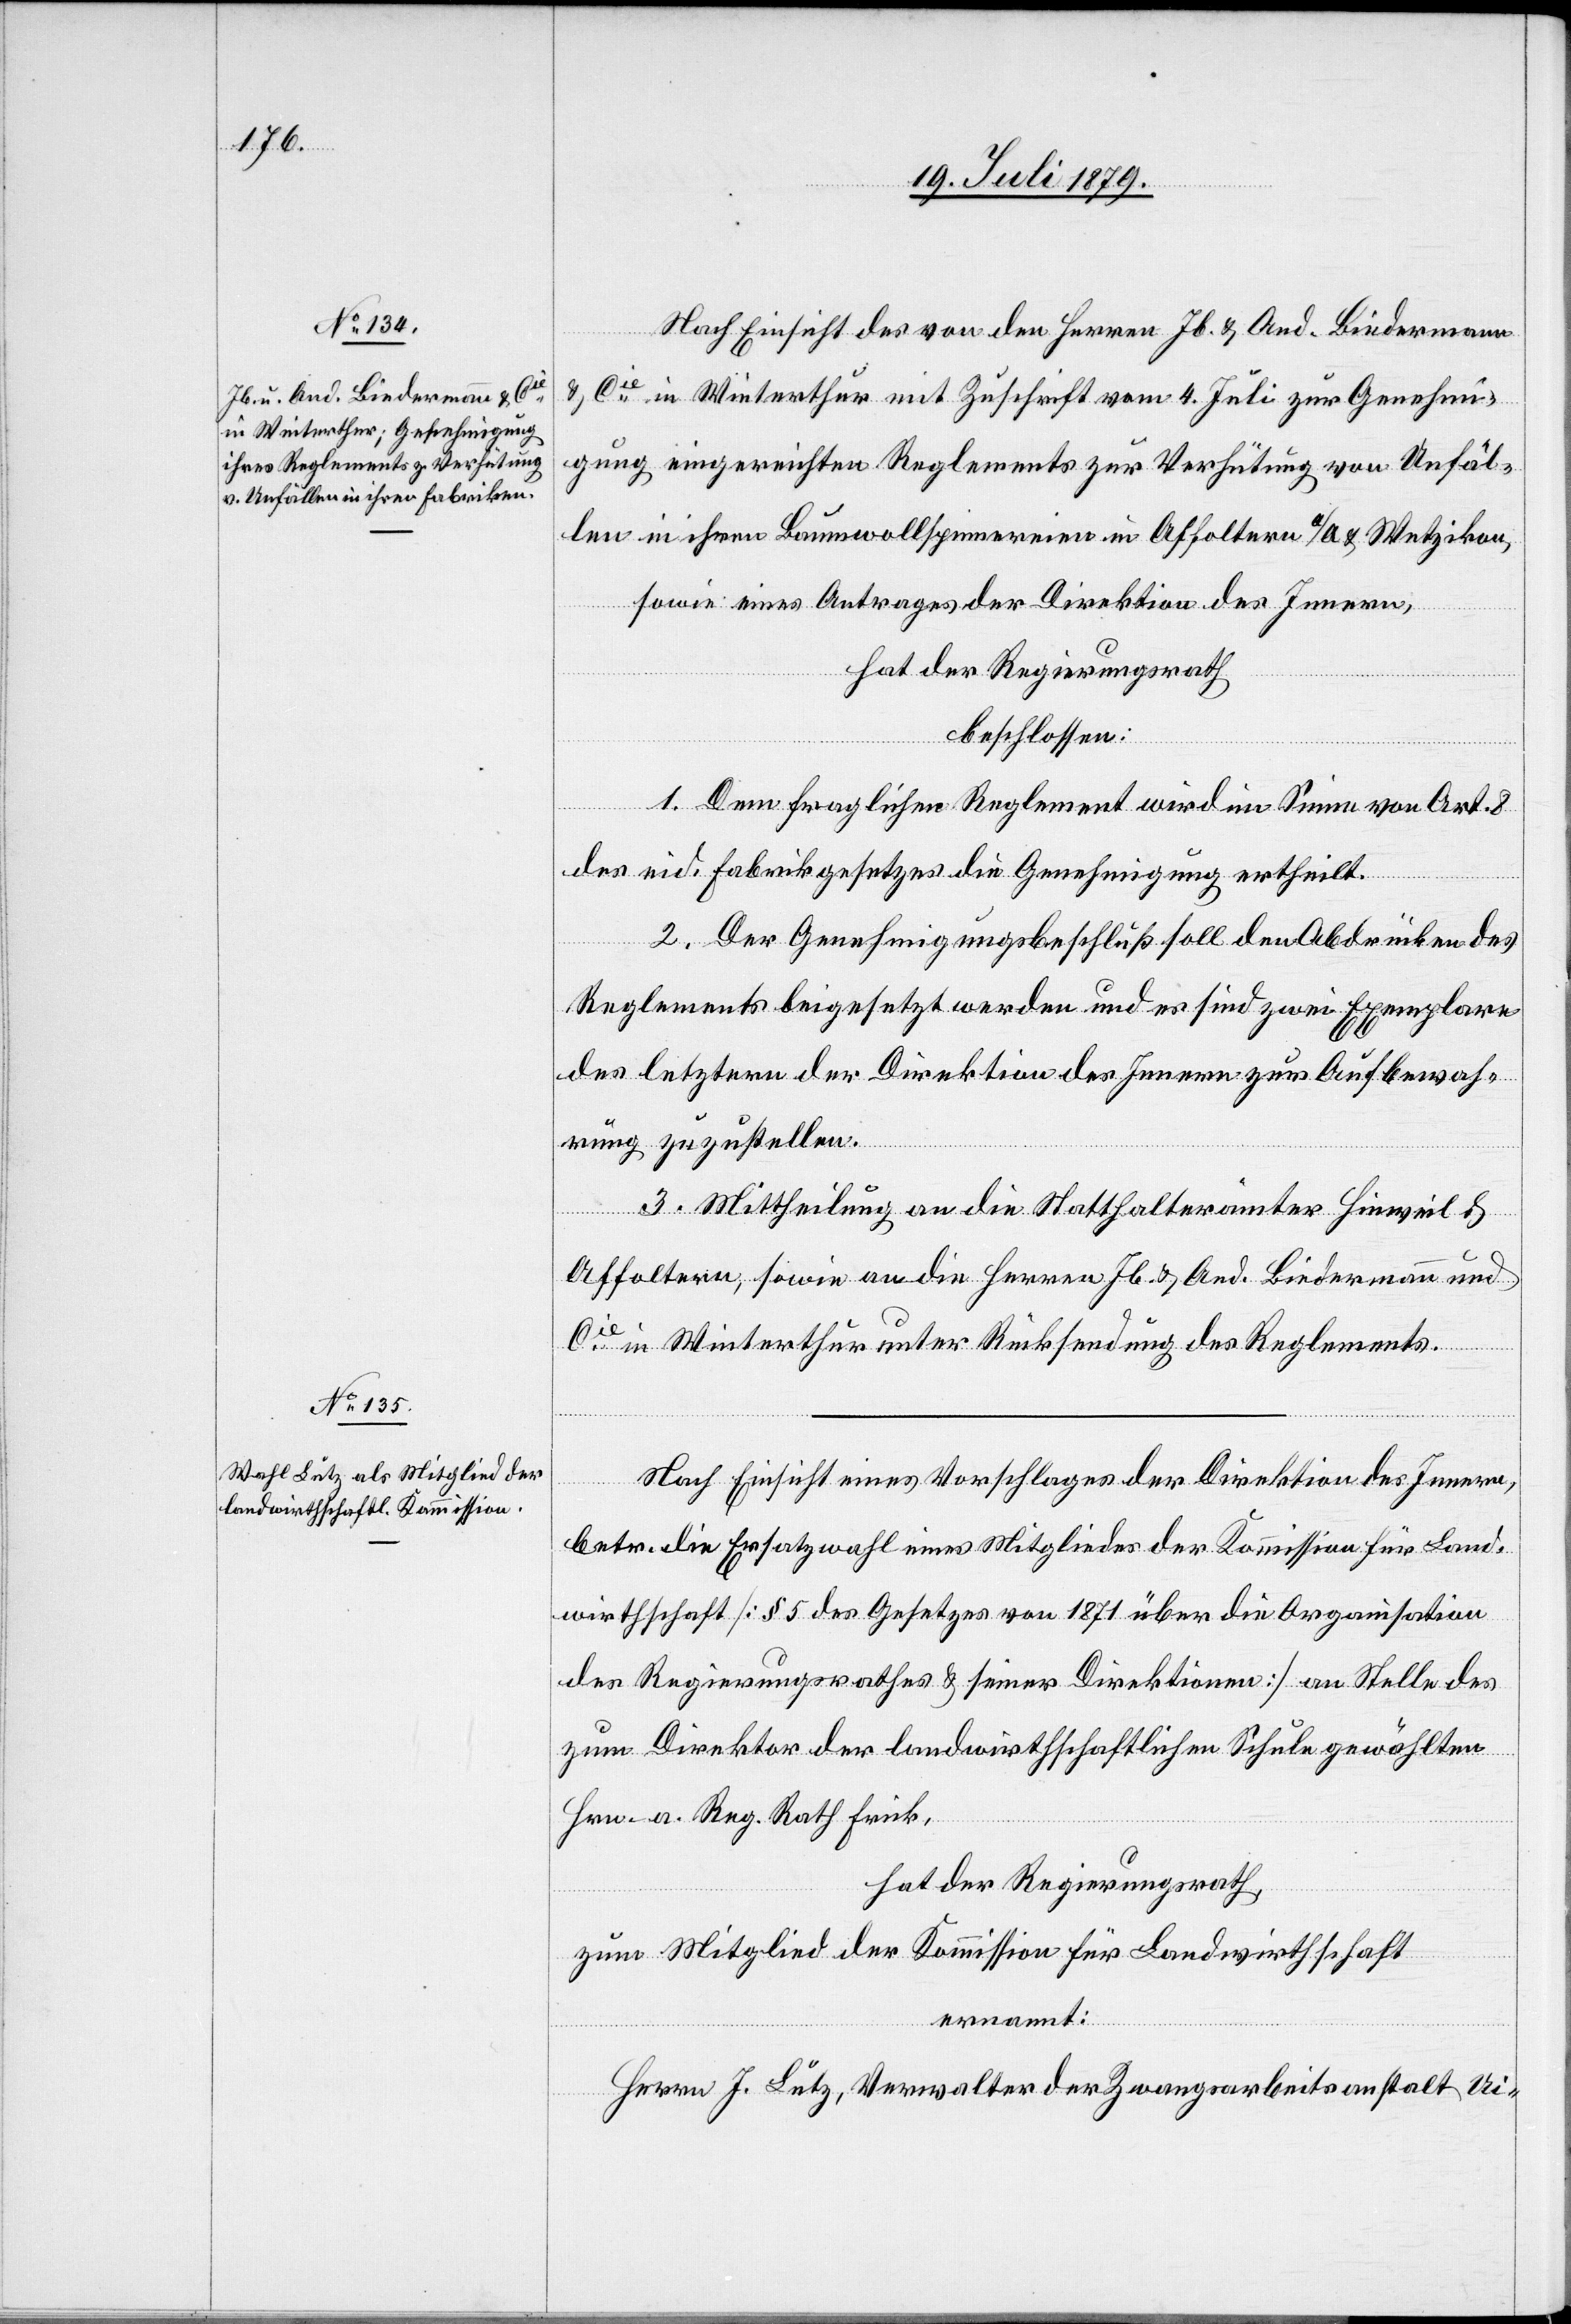
Nach Einsicht des von den Herren Jb. & And. Biedermann
& Cie in Winterthur mit Zuschrift vom 4. Juli zur Genehmi¬
gung eingereichten Reglements zur Verhütung von Unfäl¬
len in ihren Baumwollspinnereien in Affoltern a/A. & Wetzikon,
sowie eines Antrages der Direktion des Innern,
hat der Regierungsrath
beschlossen:
1. Dem fraglichen Reglement wird im Sinne von Art. 8
des eid. Fabrikgesetzes die Genehmigung ertheilt.
2. Der Genehmigungsbeschluß soll den Abdrücken des
Reglements beigesetzt werden und es sind zwei Exemplare
des letztern der Direktion des Innern zur Aufbewah¬
rung zuzustellen.
3. Mittheilung an die Statthalterämter Hinweil &
Affoltern, sowie an die Herren Jb. & And. Biedermann und
Cie in Winterthur unter Rücksendung des Reglements.
Nach Einsicht eines Vorschlages der Direktion des Innern,
betr. die Ersatzwahl eines Mitgliedes der Kommission für Land¬
wirthschaft [§ 5 des Gesetzes von 1871 über die Organisation
des Regierungsrathes & seiner Direktionen] an Stelle des
zum Direktor der landwirthschaftlichen Schule gewählten
Hrn. a. Reg. Rath Frick,
hat der Regierungsrath,
zum Mitglied der Kommission für Landwirthschaft
ernannt:
Herrn J. Lutz, Verwalter der Zwangsarbeitsanstalt Ui-